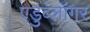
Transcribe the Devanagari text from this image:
एडुव्लॉगर